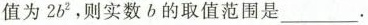
值为2b^{2}，则实数b的取值范围是___.